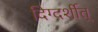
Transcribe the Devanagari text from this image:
दिग्दर्शीत्